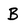
Character: B